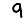
Digit: 9